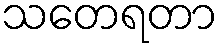
သတေရတာ